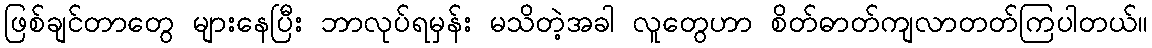
ဖြစ်ချင်တာတွေ များနေပြီး ဘာလုပ်ရမှန်း မသိတဲ့အခါ လူတွေဟာ စိတ်ဓာတ်ကျလာတတ်ကြပါတယ်။